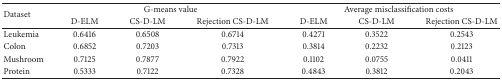
| <ROWSPAN=2> Dataset | <COLSPAN=3> G-means value | <COLSPAN=3> Average misclassification costs |
 | D-ELM | CS-D-LM | Rejection CS-D-LM | D-ELM | CS-D-LM | Rejection CS-D-LM |
 | --- | --- | --- | --- | --- | --- | --- |
 | Leukemia | 0.6416 | 0.6508 | 0.6714 | 0.4271 | 0.3522 | 0.2543 |
 | Colon | 0.6852 | 0.7203 | 0.7313 | 0.3814 | 0.2232 | 0.2123 |
 | Mushroom | 0.7125 | 0.7877 | 0.7922 | 0.1102 | 0.0755 | 0.0411 |
 | Protein | 0.5333 | 0.7122 | 0.7328 | 0.4843 | 0.3812 | 0.2043 |